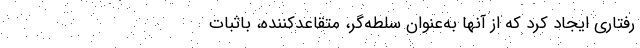
رفتاری ایجاد کرد که از آنها به‌عنوان سلطه‌گر، متقاعدکننده، باثبات